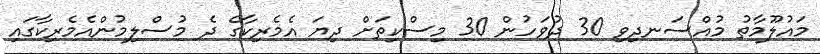
މައުލޫމާތު މުއްސަނދިވި 30 ދުވަހުން 30 މިސްކިތަށް ދިޔަ އެމެރިކާގެ ދެ މުސްލިމުންއެމެރިކާގައި